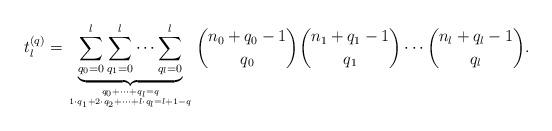
LaTeX: \begin{align*}t^{(q)}_l = \underbrace{\sum_{q_0=0}^l \sum_{q_1=0}^l \cdots \sum_{q_l=0}^l}_ {q_0 +\dots+ q_l = q \atop 1\cdot q_1 + 2\cdot q_2 +\dots+ l\cdot q_l = l+1-q } { n_0 + q_0 - 1 \choose q_0 } { n_1 + q_1 - 1 \choose q_1 } \cdots { n_l + q_l - 1 \choose q_l }.\end{align*}